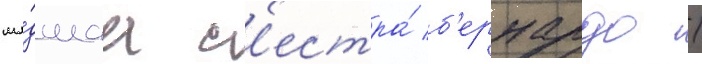
мла́дшаа с'естра́ б'ернардо /